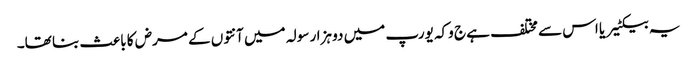
یہ بیکٹیریا اس سے مختلف ہے ج وکہ یورپ میں دو ہزار سولہ میں آنتوں کے مرض کا باعث بنا تھا۔